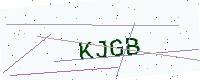
Text: KJGB